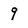
Character: q